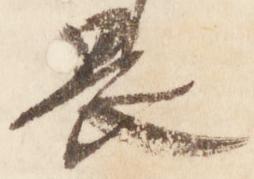
畏